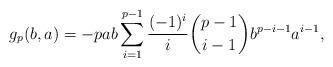
LaTeX: \begin{align*}g_p(b,a) = - pab \sum_{i=1}^{p-1} \dfrac{(-1)^i}{i} \binom{p-1}{i-1}b^{p-i-1}a^{i-1},\end{align*}